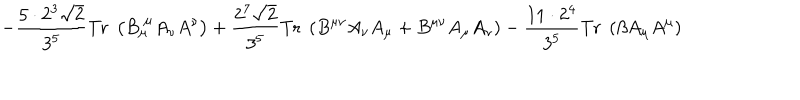
- \frac { 5 \cdot 2 ^ { 3 } \sqrt { 2 } } { 3 ^ { 5 } } \mathrm { T r } \; \left( B _ { \mu } ^ { \; \mu } A _ { \nu } A ^ { \nu } \right) + \frac { 2 ^ { 7 } \sqrt { 2 } } { 3 ^ { 5 } } \mathrm { T r } \; \left( B ^ { \mu \nu } A _ { \nu } A _ { \mu } + B ^ { \mu \nu } A _ { \mu } A _ { \nu } \right) - \frac { 1 1 \cdot 2 ^ { 4 } } { 3 ^ { 5 } } \mathrm { T r } \; \left( \beta A _ { \mu } A ^ { \mu } \right)